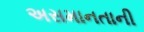
અસમાનતાની